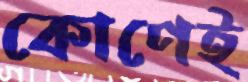
কোণেই